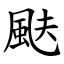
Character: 颫